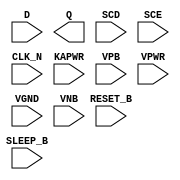
module sky130_fd_sc_lp__srsdfrtn (
    //# {{data|Data Signals}}
    input  D      ,
    output Q      ,

    //# {{control|Control Signals}}
    input  RESET_B,

    //# {{scanchain|Scan Chain}}
    input  SCD    ,
    input  SCE    ,

    //# {{clocks|Clocking}}
    input  CLK_N  ,

    //# {{power|Power}}
    input  SLEEP_B,
    input  KAPWR  ,
    input  VPB    ,
    input  VPWR   ,
    input  VGND   ,
    input  VNB
);
endmodule